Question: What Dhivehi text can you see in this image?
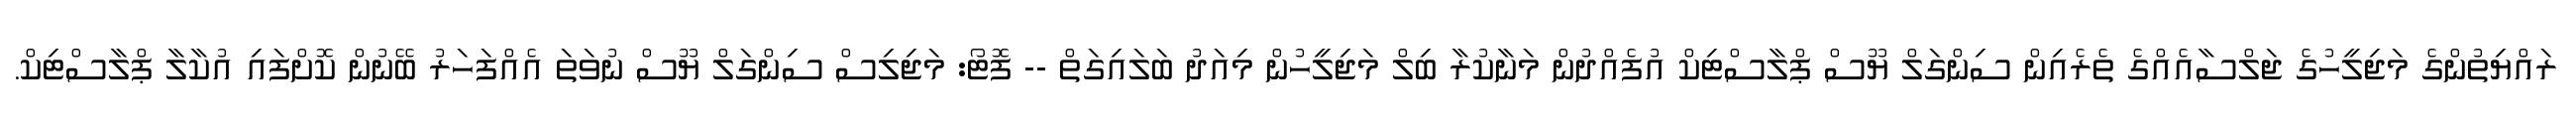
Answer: ރައްޔިތުންގެ މަޖިލީހުގެ ޖަލްސާއެއްގެ ތެރެއިން ސިންގަލް ޔޫސް ޕްލާސްޓިކް އުފެއްދުން މަނާކުރާ ބިލް މަޖިލީހުން މިއަދު ބަލައިގަތް -- ފޮޓޯ: މަޖިލިސް ސިންގަލް ޔޫސް ނުވަތަ އެއްފަހަރު ބޭނުން ކޮށްފައި އުކާލާ ޕްލާސްޓިކް.